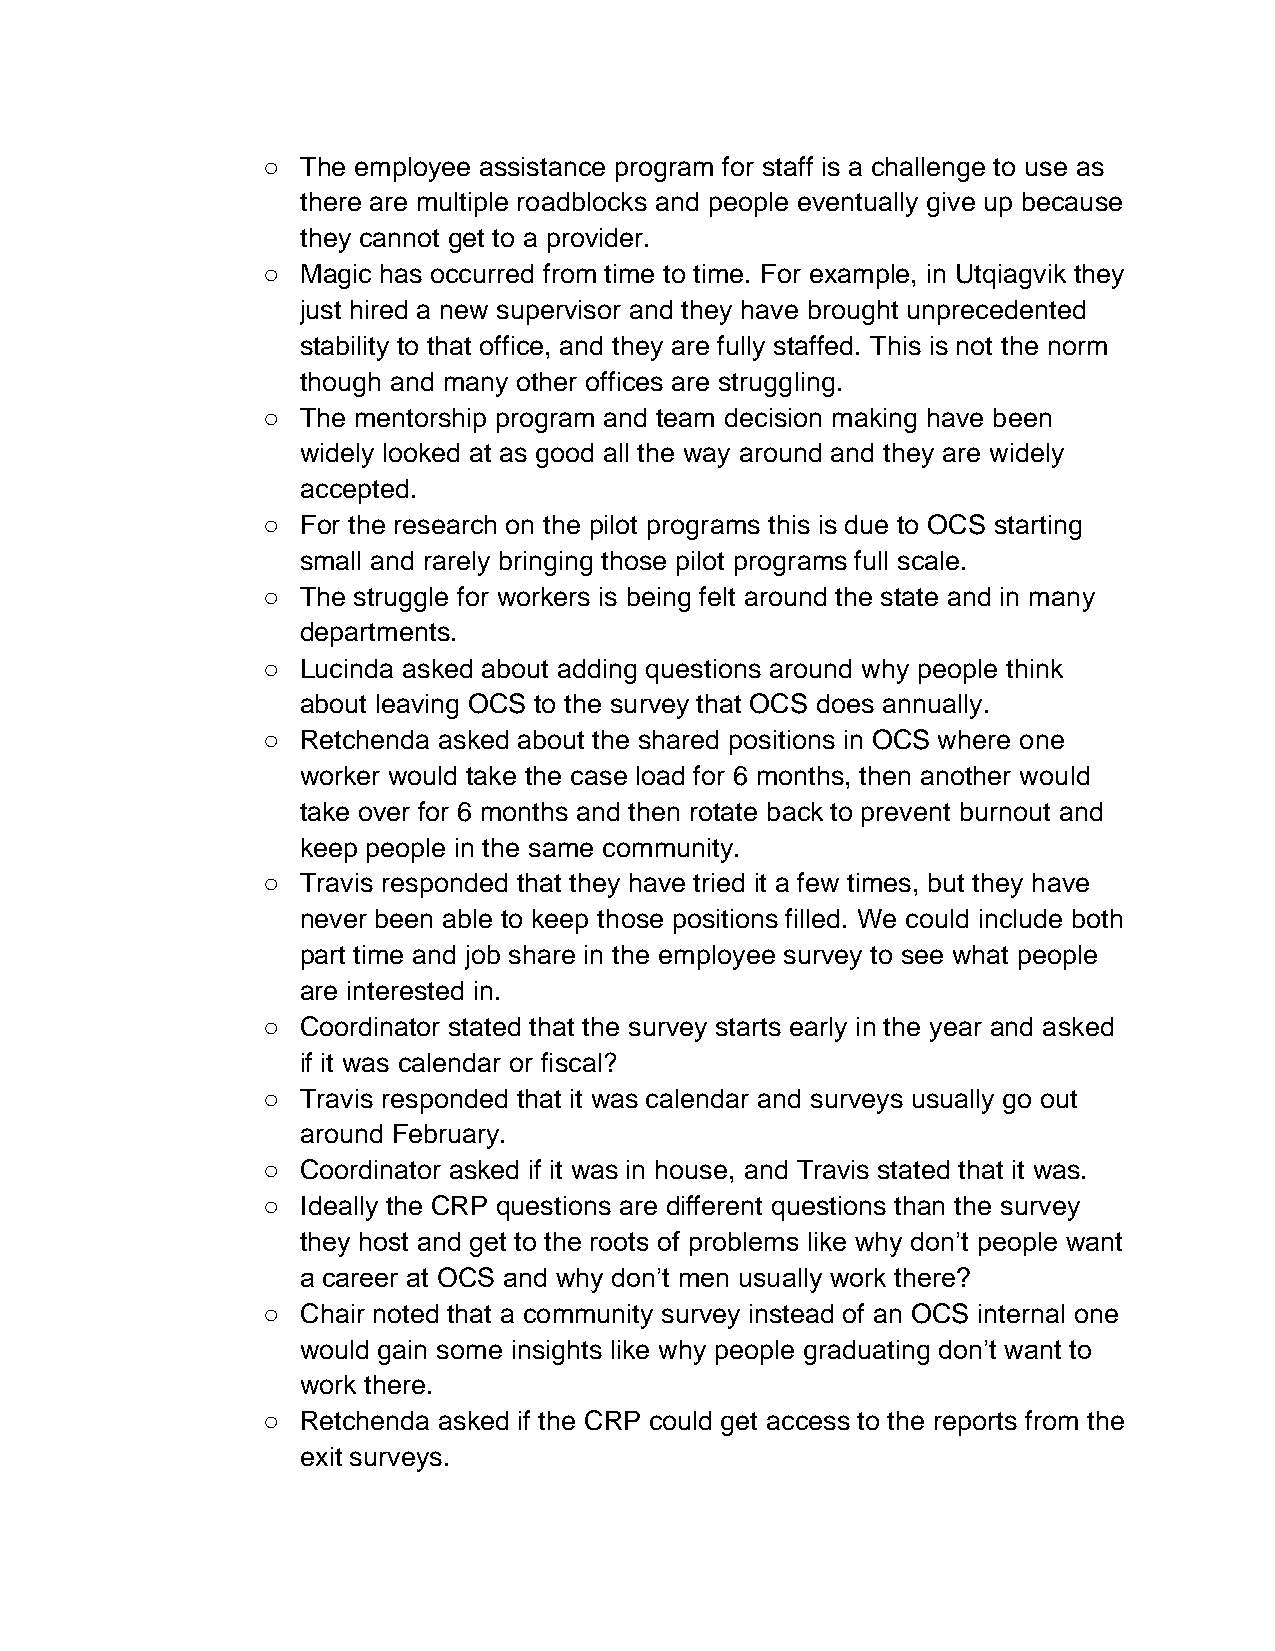
○  The employee assistance program for staff is a challenge to use as
 there are multiple roadblocks and people eventually give up because
 they cannot get to a provider.
 ○  Magic has occurred from time to time. For example, in Utqiagvik they
 just hired a new supervisor and they have brought unprecedented
 stability to that office, and they are fully staffed. This is not the norm
 though and many other offices are struggling.
 ○  The mentorship program and team decision making have been
 widely looked at as good all the way around and they are widely
 accepted.
 ○  For the research on the pilot programs this is due to OCS starting
 small and rarely bringing those pilot programs full scale.
 ○  The struggle for workers is being felt around the state and in many
 departments.
 ○  Lucinda asked about adding questions around why people think
 about leaving OCS to the survey that OCS does annually.
 ○  Retchenda asked about the shared positions in OCS where one
 worker would take the case load for 6 months, then another would
 take over for 6 months and then rotate back to prevent burnout and
 keep people in the same community.
 ○  Travis responded that they have tried it a few times, but they have
 never been able to keep those positions filled. We could include both
 part time and job share in the employee survey to see what people
 are interested in.
 ○  Coordinator stated that the survey starts early in the year and asked
 if it was calendar or fiscal?
 ○  Travis responded that it was calendar and surveys usually go out
 around February.
 ○  Coordinator asked if it was in house, and Travis stated that it was.
 ○  Ideally the CRP questions are different questions than the survey
 they host and get to the roots of problems like why don’t people want
 a career at OCS and why don’t men usually work there?
 ○  Chair noted that a community survey instead of an OCS internal one
 would gain some insights like why people graduating don’t want to
 work there.
 ○  Retchenda asked if the CRP could get access to the reports from the
 exit surveys.